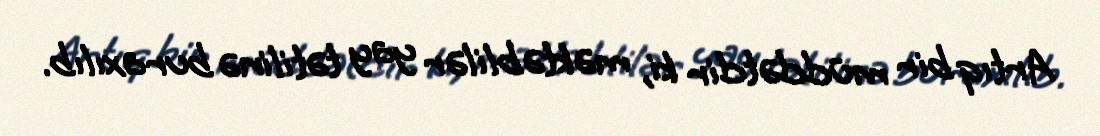
Artıq bir müddətdir ki, məktəblilər yay tətilinə buraxılıb.